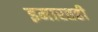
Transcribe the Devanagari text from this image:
इमारतही